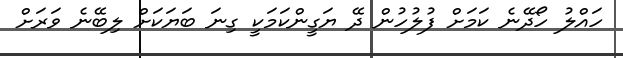
ހައްލު ހޯދޭނެ ކަމަށް ފުލުހުން ދޭ ޔަގީންކަމަކީ ގިނަ ބަޔަކަށް ލިބޭނެ ވަރަށް